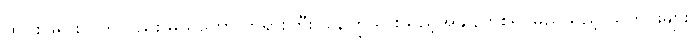
ထိပ်စုဖုရားလတ်လည်း မယ်တော် ဘုရားကြီး ပြန်ကြွသွားသည့်အချိန်ကစ၍ မည်သည့် သတင်းများ